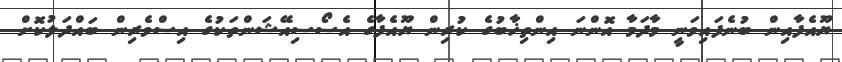
ޔޫއެފާއިން ބުނެފައިވަނީ މާދަމާ އޮންނަ އިންތިޚާބުގެ ކުރިން ޔޫއެފާގެ އެސޯސިއޭޝަންތަކުގެ އިސްވެރިން ބައްދަލުކޮށް